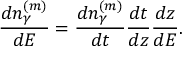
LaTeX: \frac { d n _ { \gamma } ^ { ( m ) } } { d E } = \frac { d n _ { \gamma } ^ { ( m ) } } { d t } \frac { d t } { d z } \frac { d z } { d E } .